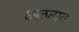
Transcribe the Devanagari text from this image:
छळतात